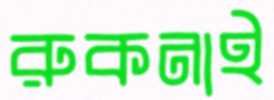
রুকনাই